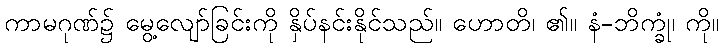
ကာမဂုဏ်၌ မွေ့လျော်ခြင်းကို နှိပ်နင်းနိုင်သည်။ ဟောတိ၊ ၏။ နံ-ဘိက္ခုံ၊ ကို။